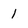
Character: 1